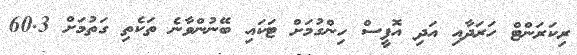
ރިކަރަންޓް ހަރަދާއި އަދި އޮފީސް ހިންގުމަށް ޓަކައި ބޭނުންވާނެ ތަކެތި ގަތުމަށް 60.3